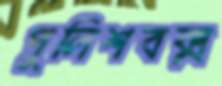
পুলিশবক্স